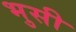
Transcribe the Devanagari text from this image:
भुसी